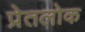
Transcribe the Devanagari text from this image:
प्रेतलोक